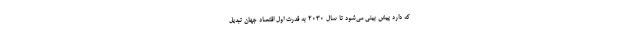
که دارد پیش بینی می‌شود تا سال ۲۰۳۰ به قدرت اول اقتصاد جهان تبدیل